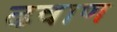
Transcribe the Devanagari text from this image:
ढवाण